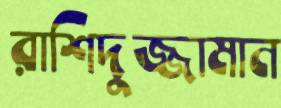
রাশিদুজ্জামান